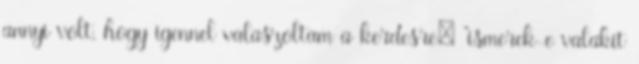
annyi volt, hogy igennel valaszoltam a kerdesre: "ismerek-e valakit